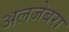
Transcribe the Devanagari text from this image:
अलजेबरा